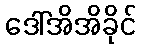
ဒေါ်အိအိခိုင်